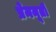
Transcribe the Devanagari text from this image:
प्रेममूर्ती